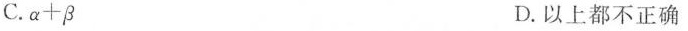
C. $$α + β$$ D.以上都不正确